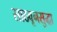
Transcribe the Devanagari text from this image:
साठवूनसुद्धा